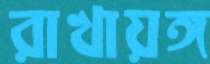
রাখায়ঙ্গ